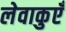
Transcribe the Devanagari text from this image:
लेवाकुएँ